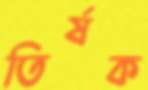
তির্ষক